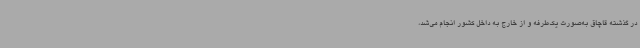
در گذشته قاچاق به‌صورت یک‌طرفه و از خارج به داخل کشور انجام می‌شد،